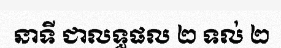
នាទី ជាលទ្ធផល ២ ទល់ ២